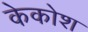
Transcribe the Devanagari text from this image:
केकोश